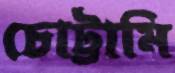
চোট্টামি